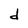
Character: d